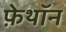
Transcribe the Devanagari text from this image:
फ़ेथॉन